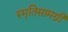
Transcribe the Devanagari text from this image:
स्मृतिसामग्री